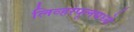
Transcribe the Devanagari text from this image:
लिव्हरपूलमध्ये